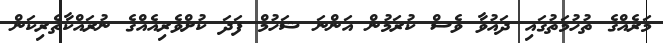
މަރެއްގެ ތުހުމަތުގައި ދައުވާ ވެސް ކުރަމުން އަންނަ ޝަހުމް ފަދަ ކުށްވެރިއެއްގެ ނުރައްކާތެރިކަން